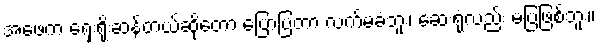
အဖေက ရှေးရိုးဆန်တယ်ဆိုတော့ ပြောပြတာ လက်မခံဘူး၊ ဆေးရုံလည်း မပြဖြစ်ဘူး။